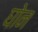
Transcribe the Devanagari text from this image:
घोन